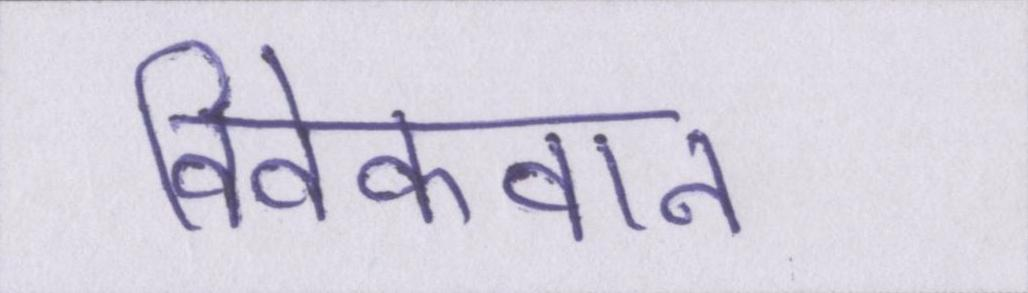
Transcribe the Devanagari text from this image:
विवेकवान